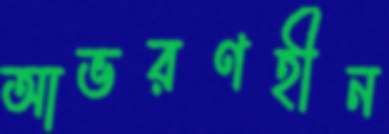
আভরণহীন